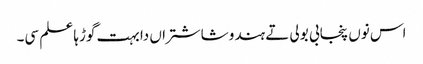
اس نوں پنجابی بولی تے ہندو شاشتراں دا بہت گوڑہا علم سی۔